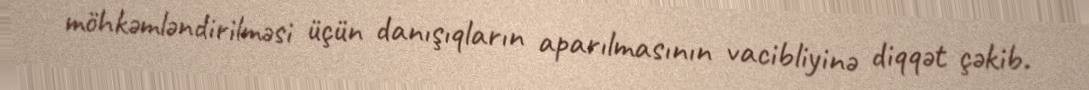
möhkəmləndirilməsi üçün danışıqların aparılmasının vacibliyinə diqqət çəkib.